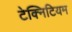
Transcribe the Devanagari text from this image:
टेक्निटियम